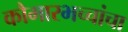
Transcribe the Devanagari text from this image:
कौमारभच्चांचा